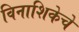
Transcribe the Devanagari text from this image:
विनाशिकेचे